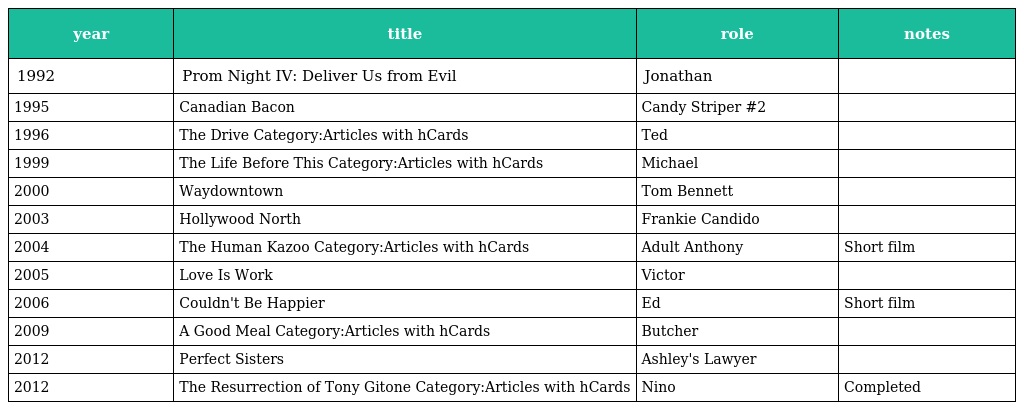
| year | title | role | notes |
 | --- | --- | --- | --- |
 | 1992 | Prom Night IV: Deliver Us from Evil | Jonathan |  |
 | 1995 | Canadian Bacon | Candy Striper #2 |  |
 | 1996 | The Drive Category:Articles with hCards | Ted |  |
 | 1999 | The Life Before This Category:Articles with hCards | Michael |  |
 | 2000 | Waydowntown | Tom Bennett |  |
 | 2003 | Hollywood North | Frankie Candido |  |
 | 2004 | The Human Kazoo Category:Articles with hCards | Adult Anthony | Short film |
 | 2005 | Love Is Work | Victor |  |
 | 2006 | Couldn't Be Happier | Ed | Short film |
 | 2009 | A Good Meal Category:Articles with hCards | Butcher |  |
 | 2012 | Perfect Sisters | Ashley's Lawyer |  |
 | 2012 | The Resurrection of Tony Gitone Category:Articles with hCards | Nino | Completed |